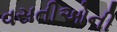
વસતીઓની